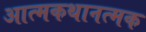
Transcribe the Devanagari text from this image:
आत्मकथानत्मक